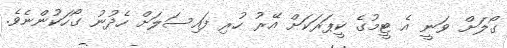
ގޯލަށް ވަނީ އެ ޓީމުގެ ކީޕަރަކަށް އޭރު ހުރި ފައިސަލަށް ހެދުނު ގޯހަކުންނެވެ.